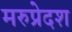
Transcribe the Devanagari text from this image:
मरुप्रेदश